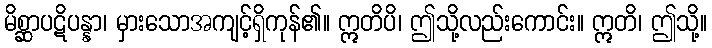
မိစ္ဆာပဋိပန္နာ၊ မှားသောအကျင့်ရှိကုန်၏။ ဣတိပိ၊ ဤသို့လည်းကောင်း။ ဣတိ၊ ဤသို့။